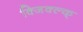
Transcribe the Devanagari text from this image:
क्जिक्ल्क्